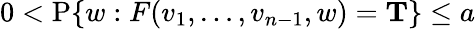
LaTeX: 0<\operatorname{P}\{ w:F(v_{1},\ldots,v_{n-1},w)=\mathbf{T}\} \leq a